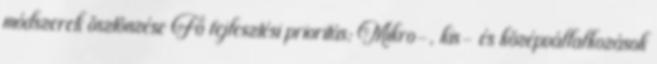
módszerek ösztönzése Fő fejlesztési prioritás: Mikro-, kis- és középvállalkozások